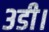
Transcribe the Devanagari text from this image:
३डी।